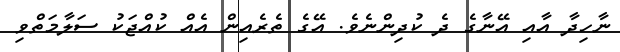
ނާހިދާ އާއި އޭނާގެ ދެ ކުދިންނެވެ. އޭގެެ ތެރެއިން އެއް ކުއްޖަކު ސަލާމަތްވި